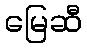
မြေဆီ